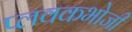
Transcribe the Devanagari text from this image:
प्लवकभोजी